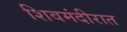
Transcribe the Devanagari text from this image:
शिवमंदीरात